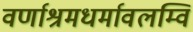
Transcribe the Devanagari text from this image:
वर्णाश्रमधर्मावलम्वि